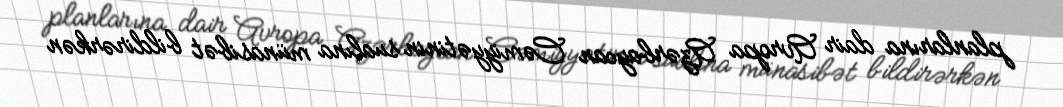
planlarına dair Avropa Azərbaycan Cəmiyyətinin sualına münasibət bildirərkən